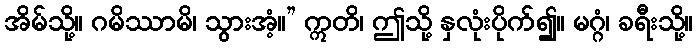
အိမ်သို့။ ဂမိဿာမိ၊ သွားအံ့။” ဣတိ၊ ဤသို့ နှလုံးပိုက်၍။ မဂ္ဂံ၊ ခရီးသို့။